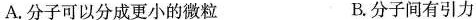
A.分子可以分成更小的微粒 B.分子间有引力